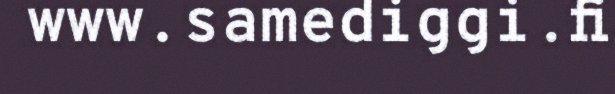
www.samediggi.fi